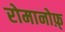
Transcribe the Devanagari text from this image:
रोमानोफ़्